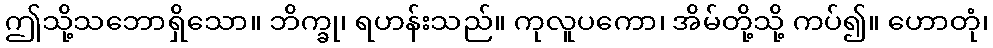
ဤသို့သဘောရှိသော။ ဘိက္ခု၊ ရဟန်းသည်။ ကုလူပကော၊ အိမ်တို့သို့ ကပ်၍။ ဟောတုံ၊